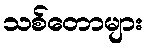
သစ်တောများ